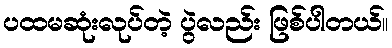
ပထမဆုံးလုပ်တဲ့ ပွဲလည်း ဖြစ်ပါတယ်။